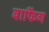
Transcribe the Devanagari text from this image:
बाफिंग